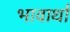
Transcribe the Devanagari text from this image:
भावार्था